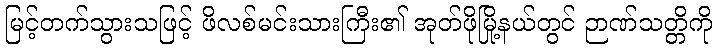
မြင့်တက်သွားသဖြင့် ဖိလစ်မင်းသားကြီး၏ အုတ်ဖိုမြို့နယ်တွင် ဉာဏ်သတ္တိကို